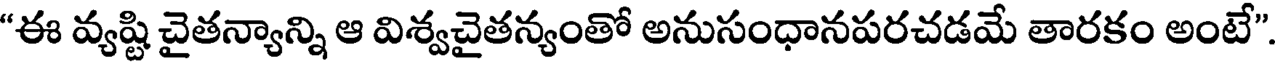
"ఈ వ్యష్టి చైతన్యాన్ని ఆ విశ్వచైతన్యంతో అనుసంధానపరచడమే తారకం అంటే"